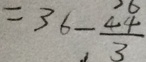
= 3 6 - \frac { 4 4 } { 3 }